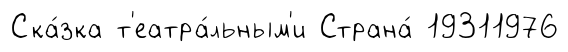
Ска́зка т'еатра́льным'и Страна́ 19311976